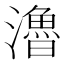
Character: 瀂